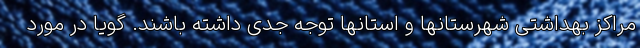
مراکز بهداشتی شهرستانها و استانها توجه جدی داشته باشند. گویا در مورد